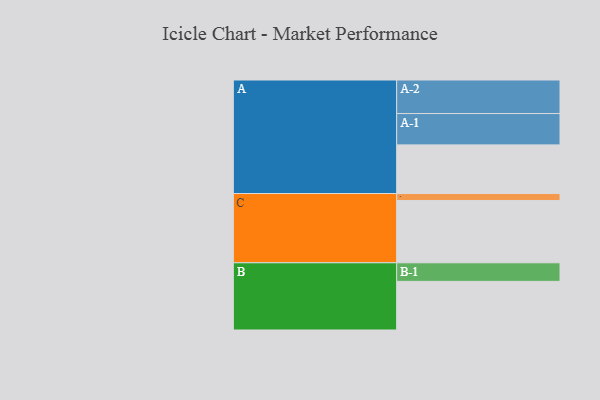
{"axis": {"x": "Segment", "y": "Value"}, "legend": ["", "A", "B", "C"], "data": [{"x": "A", "y": 377, "type": ""}, {"x": "B", "y": 377, "type": ""}, {"x": "C", "y": 483, "type": ""}, {"x": "A-1", "y": 243, "type": "A"}, {"x": "A-2", "y": 260, "type": "A"}, {"x": "B-1", "y": 144, "type": "B"}, {"x": "C-1", "y": 54, "type": "C"}]}